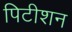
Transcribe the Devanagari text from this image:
पिटीशन